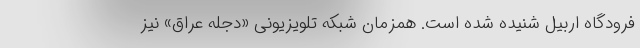
فرودگاه اربیل شنیده شده است. همزمان شبکه تلویزیونی «دجله عراق» نیز